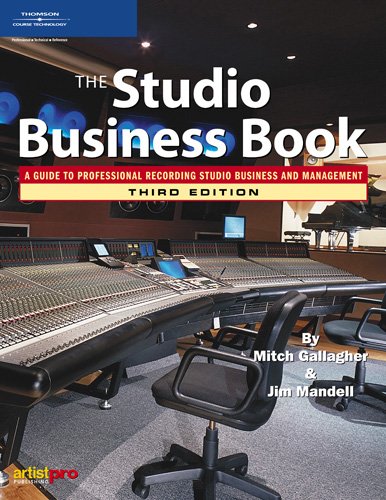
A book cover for The Studio Business Book; Mitch Gallagher; Computers & Technology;